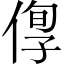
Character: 𠊫